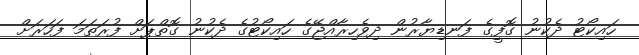
ހައިކޯޓު ދެކުނު ގޮފީގެ ފަނޑިޔާރުން ދިވެހިރާއްޖޭގެ ހައިކޯޓުގެ ދެކުނު ގޮތްޕަށް ފުރަތަމަ ފަހަރަށް